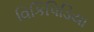
વિકિપિડિયા